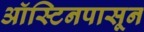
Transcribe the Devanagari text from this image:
ऑस्टिनपासून